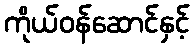
ကိုယ်ဝန်ဆောင်နှင့်